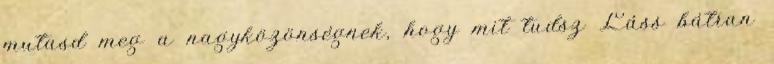
mutasd meg a nagyközönségnek, hogy mit tudsz Láss bátran